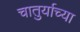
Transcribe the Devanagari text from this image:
चातुर्याच्या